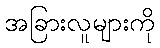
အခြားလူများကို